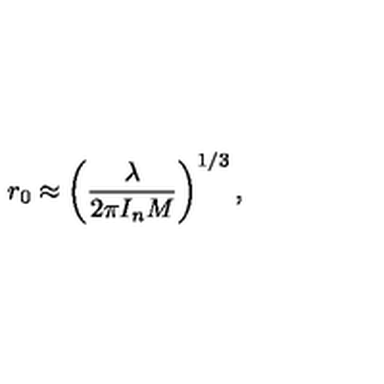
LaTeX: r _ { 0 } \approx \left( \frac { \lambda } { 2 \pi I _ { n } M } \right) ^ { 1 / 3 } ,